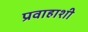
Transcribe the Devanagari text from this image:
प्रवाहाशी